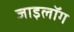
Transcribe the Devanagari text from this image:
जाइलॉग